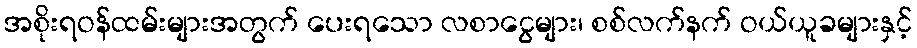
အစိုးရဝန်ထမ်းများအတွက် ပေးရသော လစာငွေများ၊ စစ်လက်နက် ဝယ်ယူခများနှင့်